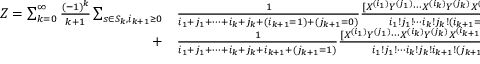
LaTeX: { \begin{array} { r l } { Z = \sum _ { k = 0 } ^ { \infty } { \frac { ( - 1 ) ^ { k } } { k + 1 } } \sum _ { s \in S _ { k } , i _ { k + 1 } \geq 0 } } & { { } { \frac { 1 } { i _ { 1 } + j _ { 1 } + \cdots + i _ { k } + j _ { k } + ( i _ { k + 1 } = 1 ) + ( j _ { k + 1 } = 0 ) } } { \frac { [ X ^ { ( i _ { 1 } ) } Y ^ { ( j _ { 1 } ) } \cdots X ^ { ( i _ { k } ) } Y ^ { ( j _ { k } ) } X ^ { ( i _ { k + 1 } = 1 ) } Y ^ { ( j _ { k + 1 } = 0 ) } ] } { i _ { 1 } ! j _ { 1 } ! \cdots i _ { k } ! j _ { k } ! ( i _ { k + 1 } = 1 ) ! ( j _ { k + 1 } = 0 ) ! } } } \\ { + } & { { } { \frac { 1 } { i _ { 1 } + j _ { 1 } + \cdots + i _ { k } + j _ { k } + i _ { k + 1 } + ( j _ { k + 1 } = 1 ) } } { \frac { [ X ^ { ( i _ { 1 } ) } Y ^ { ( j _ { 1 } ) } \cdots X ^ { ( i _ { k } ) } Y ^ { ( j _ { k } ) } X ^ { ( i _ { k + 1 } ) } Y ^ { ( j _ { k + 1 } = 1 ) } ] } { i _ { 1 } ! j _ { 1 } ! \cdots i _ { k } ! j _ { k } ! i _ { k + 1 } ! ( j _ { k + 1 } = 1 ) ! } } , \quad i _ { r } , j _ { r } \geq 0 , \quad i _ { r } + j _ { r } > 0 , \quad 1 \leq r \leq k } \end{array} } .